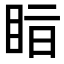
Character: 𥅭